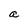
Character: a